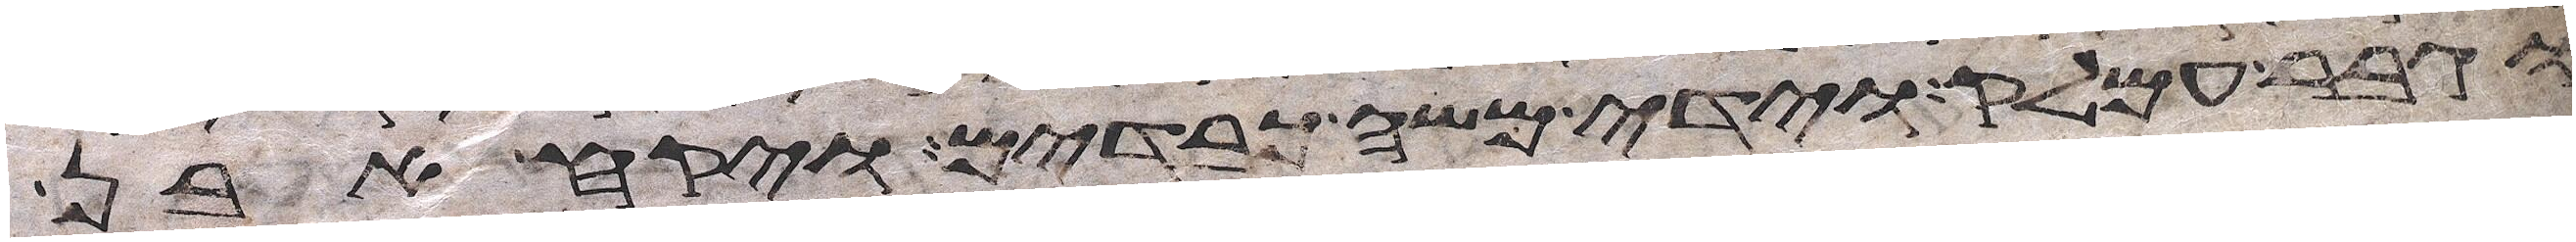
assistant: וגבר עמלק וידי משה כבדים ויקחו אבן